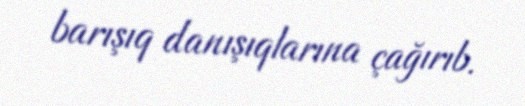
barışıq danışıqlarına çağırıb.